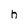
Character: h